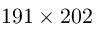
1 9 1 \times 2 0 2